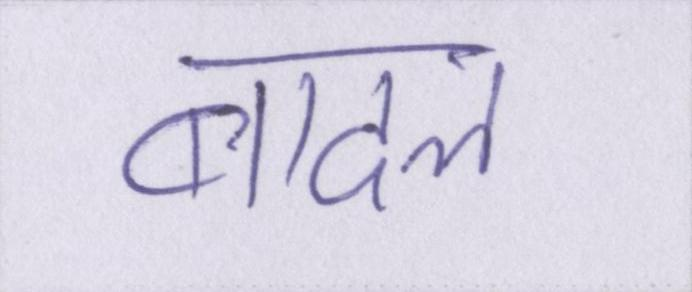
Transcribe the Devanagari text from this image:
बादल